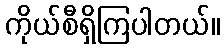
ကိုယ်စီရှိကြပါတယ်။